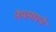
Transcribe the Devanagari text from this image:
नेयमारने